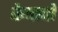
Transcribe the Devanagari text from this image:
केघावों